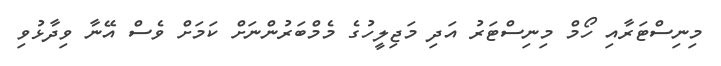
މިނިސްޓަރާއި ހޯމް މިނިސްޓަރު އަދި މަޖިލީހުގެ މެމްބަރުންނަށް ކަމަށް ވެސް އޭނާ ވިދާޅުވި